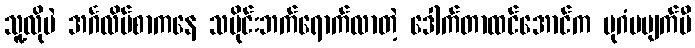
သူ့လိုပဲ အင်္ဂလိပ်စာကနေ သမိုင်းဘက်ရောက်လာတဲ့ ဒေါက်တာထင်အောင်က ပုဂံမပျက်မီ